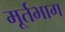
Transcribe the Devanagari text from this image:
मूर्तभाग